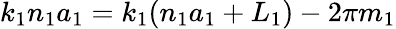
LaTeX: k_{1}n_{1}a_{1}=k_{1}(n_{1}a_{1}+L_{1})-2\pi m_{1}